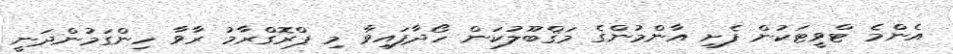
އެންމެ ޓްވީޓަކުން ފެށި އާންމުންގެ މަޤްބޫލުކަން ހޯދާފައިވާ މި ޕްރޮގްރާމު ރާވާ ހިންގަމުންދަނީ